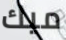
ميك